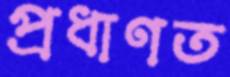
প্রধাণত